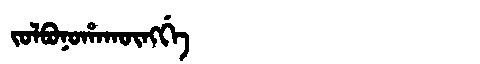
Manchu: ᠵᠣᠯᠪᠣᠨᠣᡥᠠᡴᡡᠩᡤᡝ
Romanization: JOLBONOHAKŪNGGE